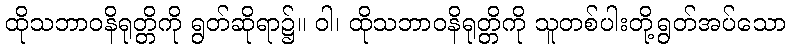
ထိုသဘာဝနိရုတ္တိကို ရွတ်ဆိုရာ၌။ ဝါ၊ ထိုသဘာဝနိရုတ္တိကို သူတစ်ပါးတို့ရွတ်အပ်သော